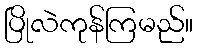
ပြိုလဲကုန်ကြမည်။